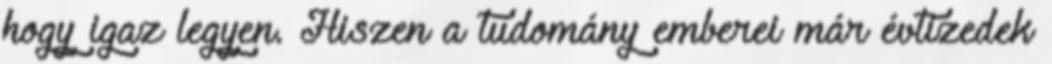
hogy igaz legyen. Hiszen a tudomány emberei már évtizedek